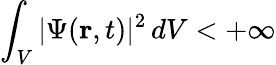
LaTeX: \int_{V}|\Psi(\mathbf{r},t)|^{2}\, dV<+\infty